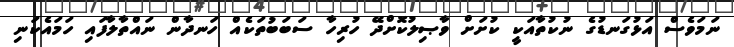
ނަމަވެސް އަޅުގަނޑުގެ ނުކުތާއަކީ ކުށަށް ވާޞިލުކޮށްދޭ ހުރިހާ ސަބަބުތަކެއް ހަނދާން ނައްތާލާފައި ހަމައެކަނި